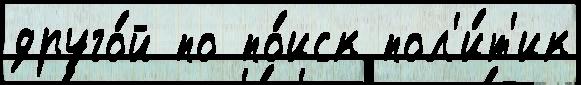
друго́й по по́иск пол'и́т'ик